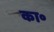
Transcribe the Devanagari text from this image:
का॰